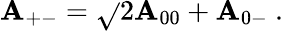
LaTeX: {\cal\mathbf{A}}_{+-}=\sqrt{}{{2}}{\cal\mathbf{A}}_{00}+{\cal\mathbf{A}}_{0-}~.